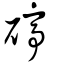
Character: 碠